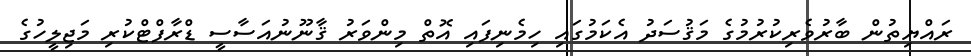
ރައްޔިތުން ބާރުވެރިކުރުމުގެ މަޤުސަދު އެކަމުގައި ހިމެނިފައި އޮތް މިންވަރު ޤާނޫނުއަސާސީ ޑްރާފްޓްކުރި މަޖިލީހުގެ